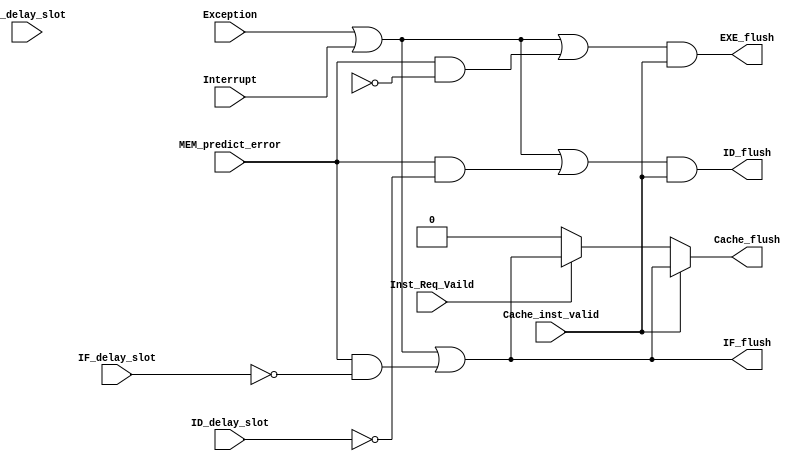
module flush(
    input  wire Exception		 ,
    input  wire Interrupt		 ,
    input  wire MEM_predict_error,
 
    input  wire IF_delay_slot	 ,
    input  wire ID_delay_slot	 ,
    input  wire EX_delay_slot	 ,
   
	input  wire Cache_inst_valid ,
	input  wire Inst_Req_Vaild   ,  	

    output wire IF_flush 		 ,
    output wire ID_flush 		 ,
    output wire EXE_flush		 ,    
    output wire Cache_flush		    
);

    assign IF_flush  = (Exception || Interrupt || MEM_predict_error && !IF_delay_slot); 
    assign ID_flush  = (Exception || Interrupt || MEM_predict_error && !ID_delay_slot) & Cache_inst_valid;
    assign EXE_flush = (Exception || Interrupt || MEM_predict_error && !EXE_delay_slot)& Cache_inst_valid;
	assign Cache_flush = Cache_inst_valid ? IF_flush:
						 Inst_Req_Vaild ? IF_flush:
						 1'b0;
endmodule